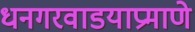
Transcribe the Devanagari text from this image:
धनगरवाडयाप्रमाणे